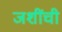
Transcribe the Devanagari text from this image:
जशींची